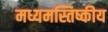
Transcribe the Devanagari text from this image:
मध्यमस्तिष्कीय